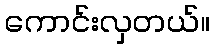
ကောင်းလှတယ်။